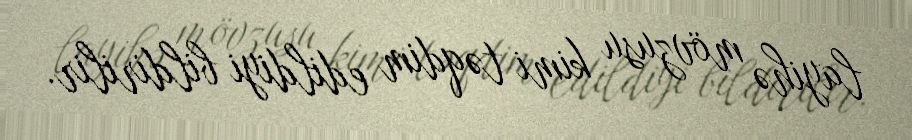
layihə mövzusu kimi təqdim edildiyi bildirilir.